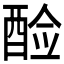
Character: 𫑷